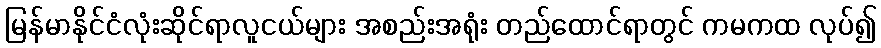
မြန်မာနိုင်ငံလုံးဆိုင်ရာလူငယ်များ အစည်းအရုံး တည်ထောင်ရာတွင် ကမကထ လုပ်၍